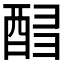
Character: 𲆬